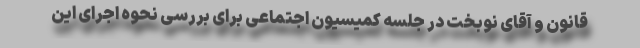
قانون و آقای نوبخت در جلسه کمیسیون اجتماعی برای بررسی نحوه اجرای این